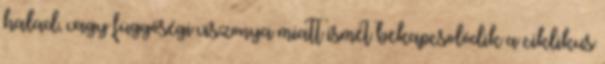
halad, vagy függőségi viszonya miatt ismét bekapcsolódik a ciklikus